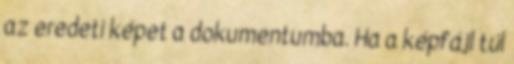
az eredeti képet a dokumentumba. Ha a képfájl túl